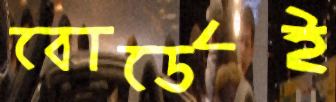
বোর্ডেই